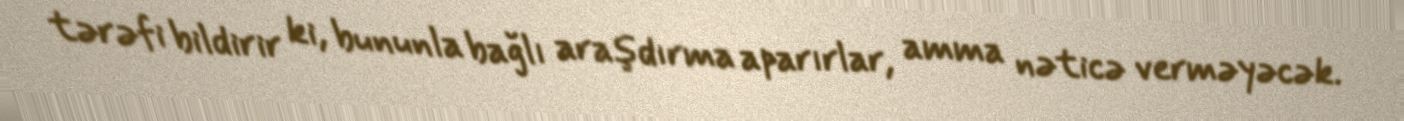
tərəfi bildirir ki, bununla bağlı araşdırma aparırlar, amma nəticə verməyəcək.